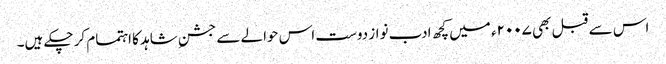
اس سے قبل بھی ۲۰۰۷ء میں کچھ ادب نواز دوست اس حوالے سے جشنِ شاہد کا اہتمام کر چکے ہیں۔